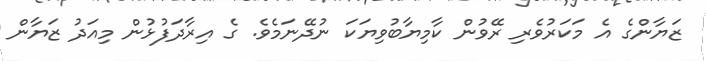
ޒަޔާންގެ އެ މަކަރުވެރި ރޭވުން ކާމިޔާބުވިޔަކަ ނުދޭނަމެވެ. ގެ އިރާދަފުޅުން މިއަދު ޒަޔާން